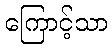
ကြောင့်သာ